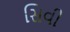
સિવી